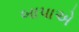
બાપાએ